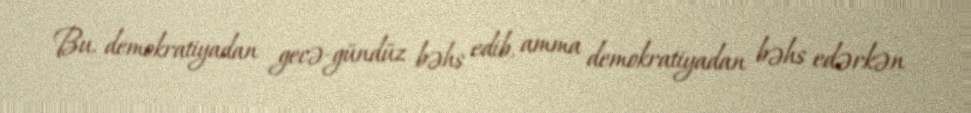
Bu, demokratiyadan gecə-gündüz bəhs edib, amma demokratiyadan bəhs edərkən